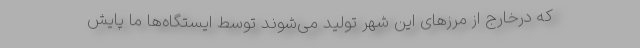
که درخارج از مرزهای این شهر تولید می‌شوند توسط ایستگاه‌ها ما پایش